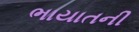
ભાયાતની